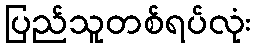
ပြည်သူတစ်ရပ်လုံး